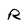
Character: R